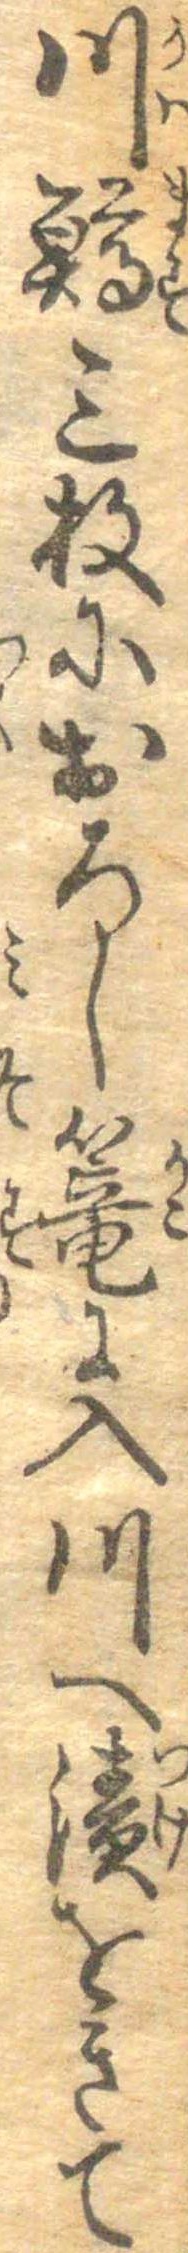
川鱒三枚におろし篭に入川へ漬をきて